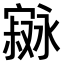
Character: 𫴇